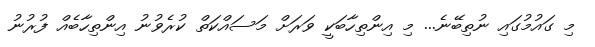
މި ގައުމުގައި ނުތިބޭނެ... މި އިންތިހާބަކީ ވަރަށް މަަސައްކަތް ކުރެވުނު އިންތިހާބެއް ފުރުނު